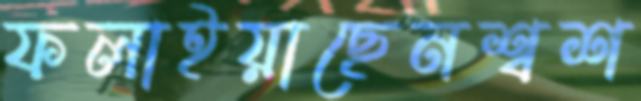
ফলাইয়াছেনশ্বশ